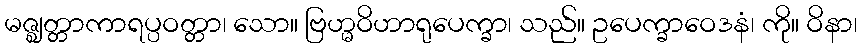
မဇ္ဈတ္တာကာရပ္ပဝတ္တာ၊ သော။ ဗြဟ္မဝိဟာရုပေက္ခာ၊ သည်။ ဥပေက္ခာဝေဒနံ၊ ကို။ ဝိနာ၊